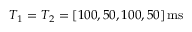
T _ { 1 } = T _ { 2 } = [ 1 0 0 , 5 0 , 1 0 0 , 5 0 ] \, \mathrm { m s }